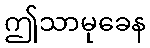
ဤသာမုခေန